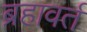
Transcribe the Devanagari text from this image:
ब्रहावर्त